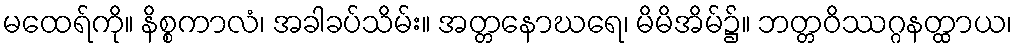
မထေရ်ကို။ နိစ္စကာလံ၊ အခါခပ်သိမ်း။ အတ္တနောဃရေ၊ မိမိအိမ်၌။ ဘတ္တဝိဿဂ္ဂနတ္ထာယ၊